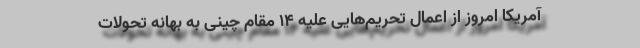
آمریکا امروز از اِعمال تحریم‌هایی علیه ۱۴ مقام چینی به بهانه تحولات